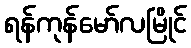
ရန်ကုန်မော်လမြိုင်